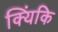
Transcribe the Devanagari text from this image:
क्यिंकि